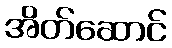
အိတ်ဆောင်